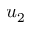
u _ { 2 }